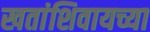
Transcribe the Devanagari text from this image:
खतांशिवायच्या